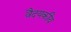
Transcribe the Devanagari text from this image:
वैदयकीय